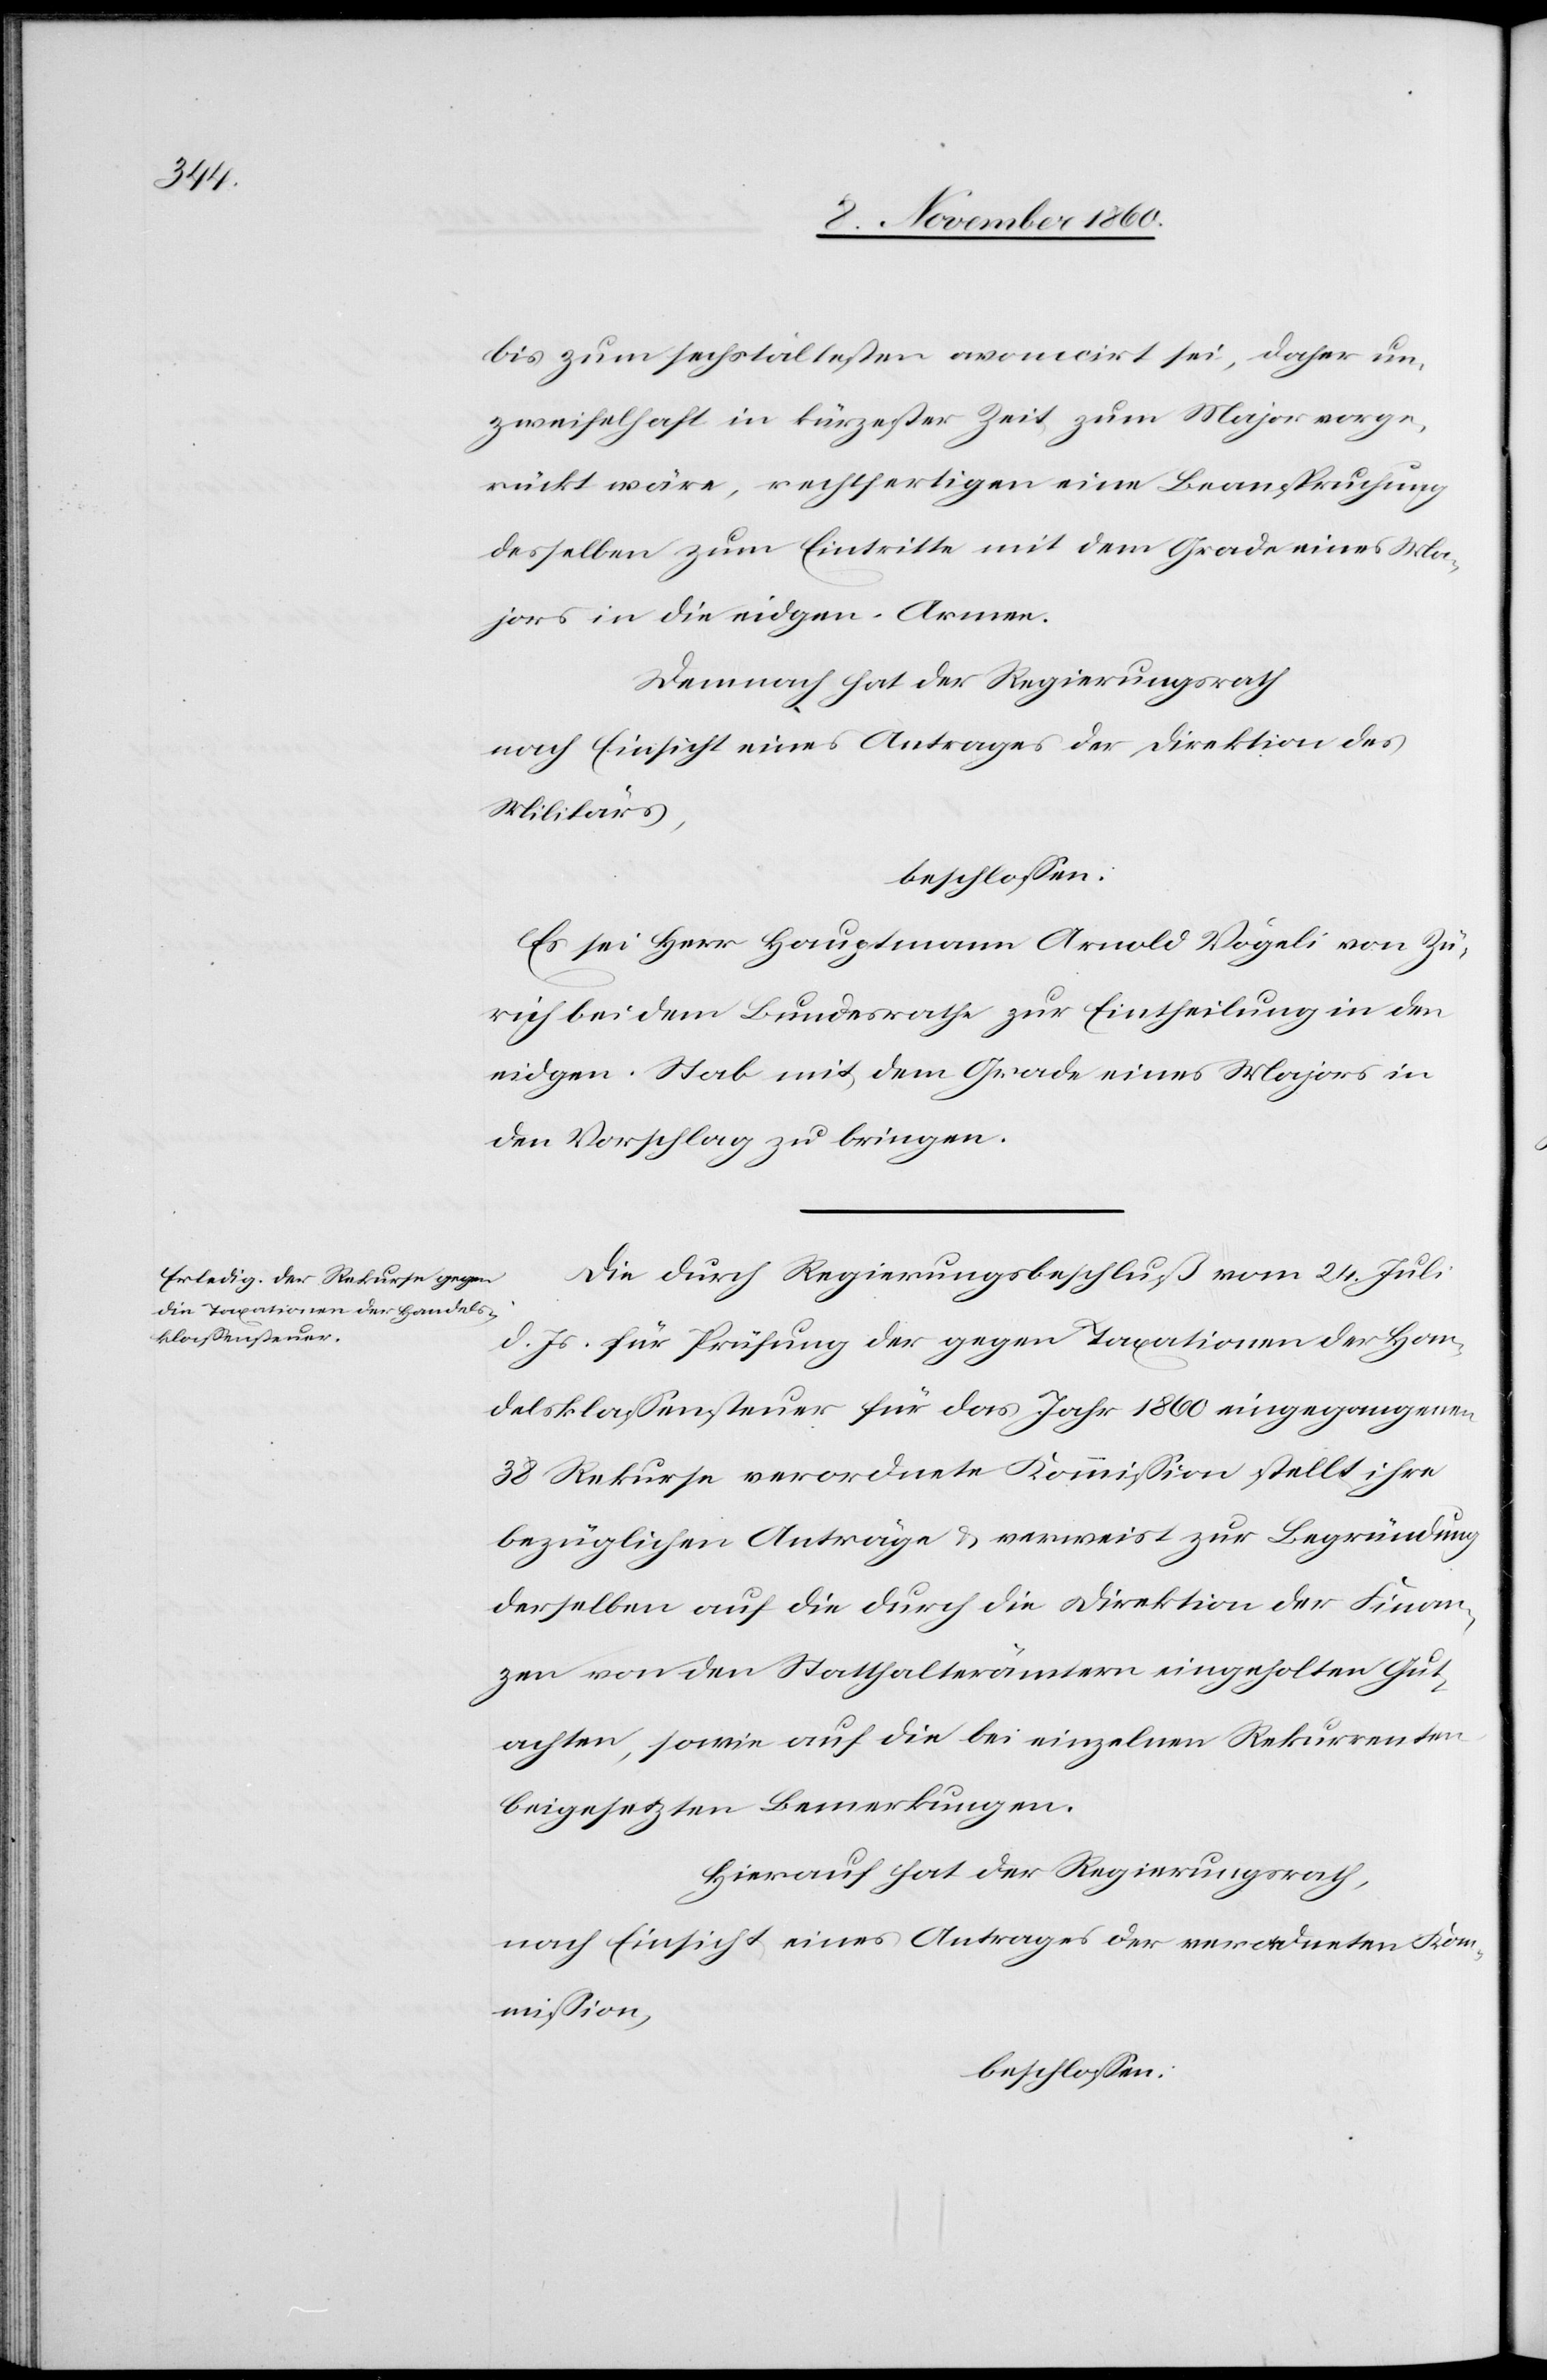
desselben zum Eintritte mit dem Grade eines Ma¬
jors in die eidgen. Armee.
Demnach hat der Regierungsrath
nach Einsicht eines Antrages der Direktion des
Militärs,
beschlossen:
Es sei Herr Hauptmann Arnold Vögeli von Zü¬
rich bei dem Bundesrathe zur Eintheilung in den
eidgen. Stab mit dem Grade eines Majors in
den Vorschlag zu bringen.
Die durch Regierungsbeschluß vom 24. Juli
d. Js. für Prüfung der gegen Taxationen der Han¬
delskassensteuer für das Jahr 1860 eingegangenen
38 Rekurse verordnete Kommission stellt ihre
bezüglichen Anträge u. verweist zur Begründung
derselben auf die durch de Direktion der Finan¬
zen von den Statthalterämtern eingeholten Gut¬
achten, sowie auf die bei einzelnen Rekurrenten
beigesetzten Bemerkungen.
Hierauf hat der Regierungsrath,
nach Einsicht eines Antrages der verordneten Kom¬
mission,
beschlossen: